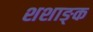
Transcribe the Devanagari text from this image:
शशाङ्क